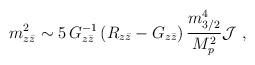
LaTeX: \begin{align*}m_{z{\bar z}}^2\sim 5\, G^{-1}_{z{\bar z}}\left( R_{z{\bar z}}-G_{z{\bar z}}\right){m_{3/2}^4\over M_p^2}{\cal J}\ ,\end{align*}